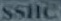
SSHC